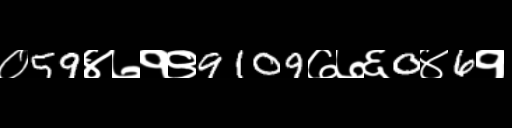
Text: ०59४७१९9109७७६0४6१